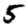
Digit: 5